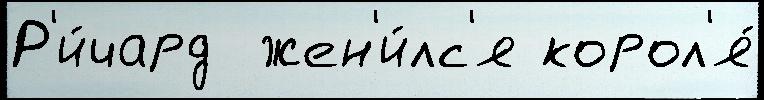
Р'и́чард  жен'и́лс'я корол'я́